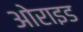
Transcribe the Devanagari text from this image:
ओराइड